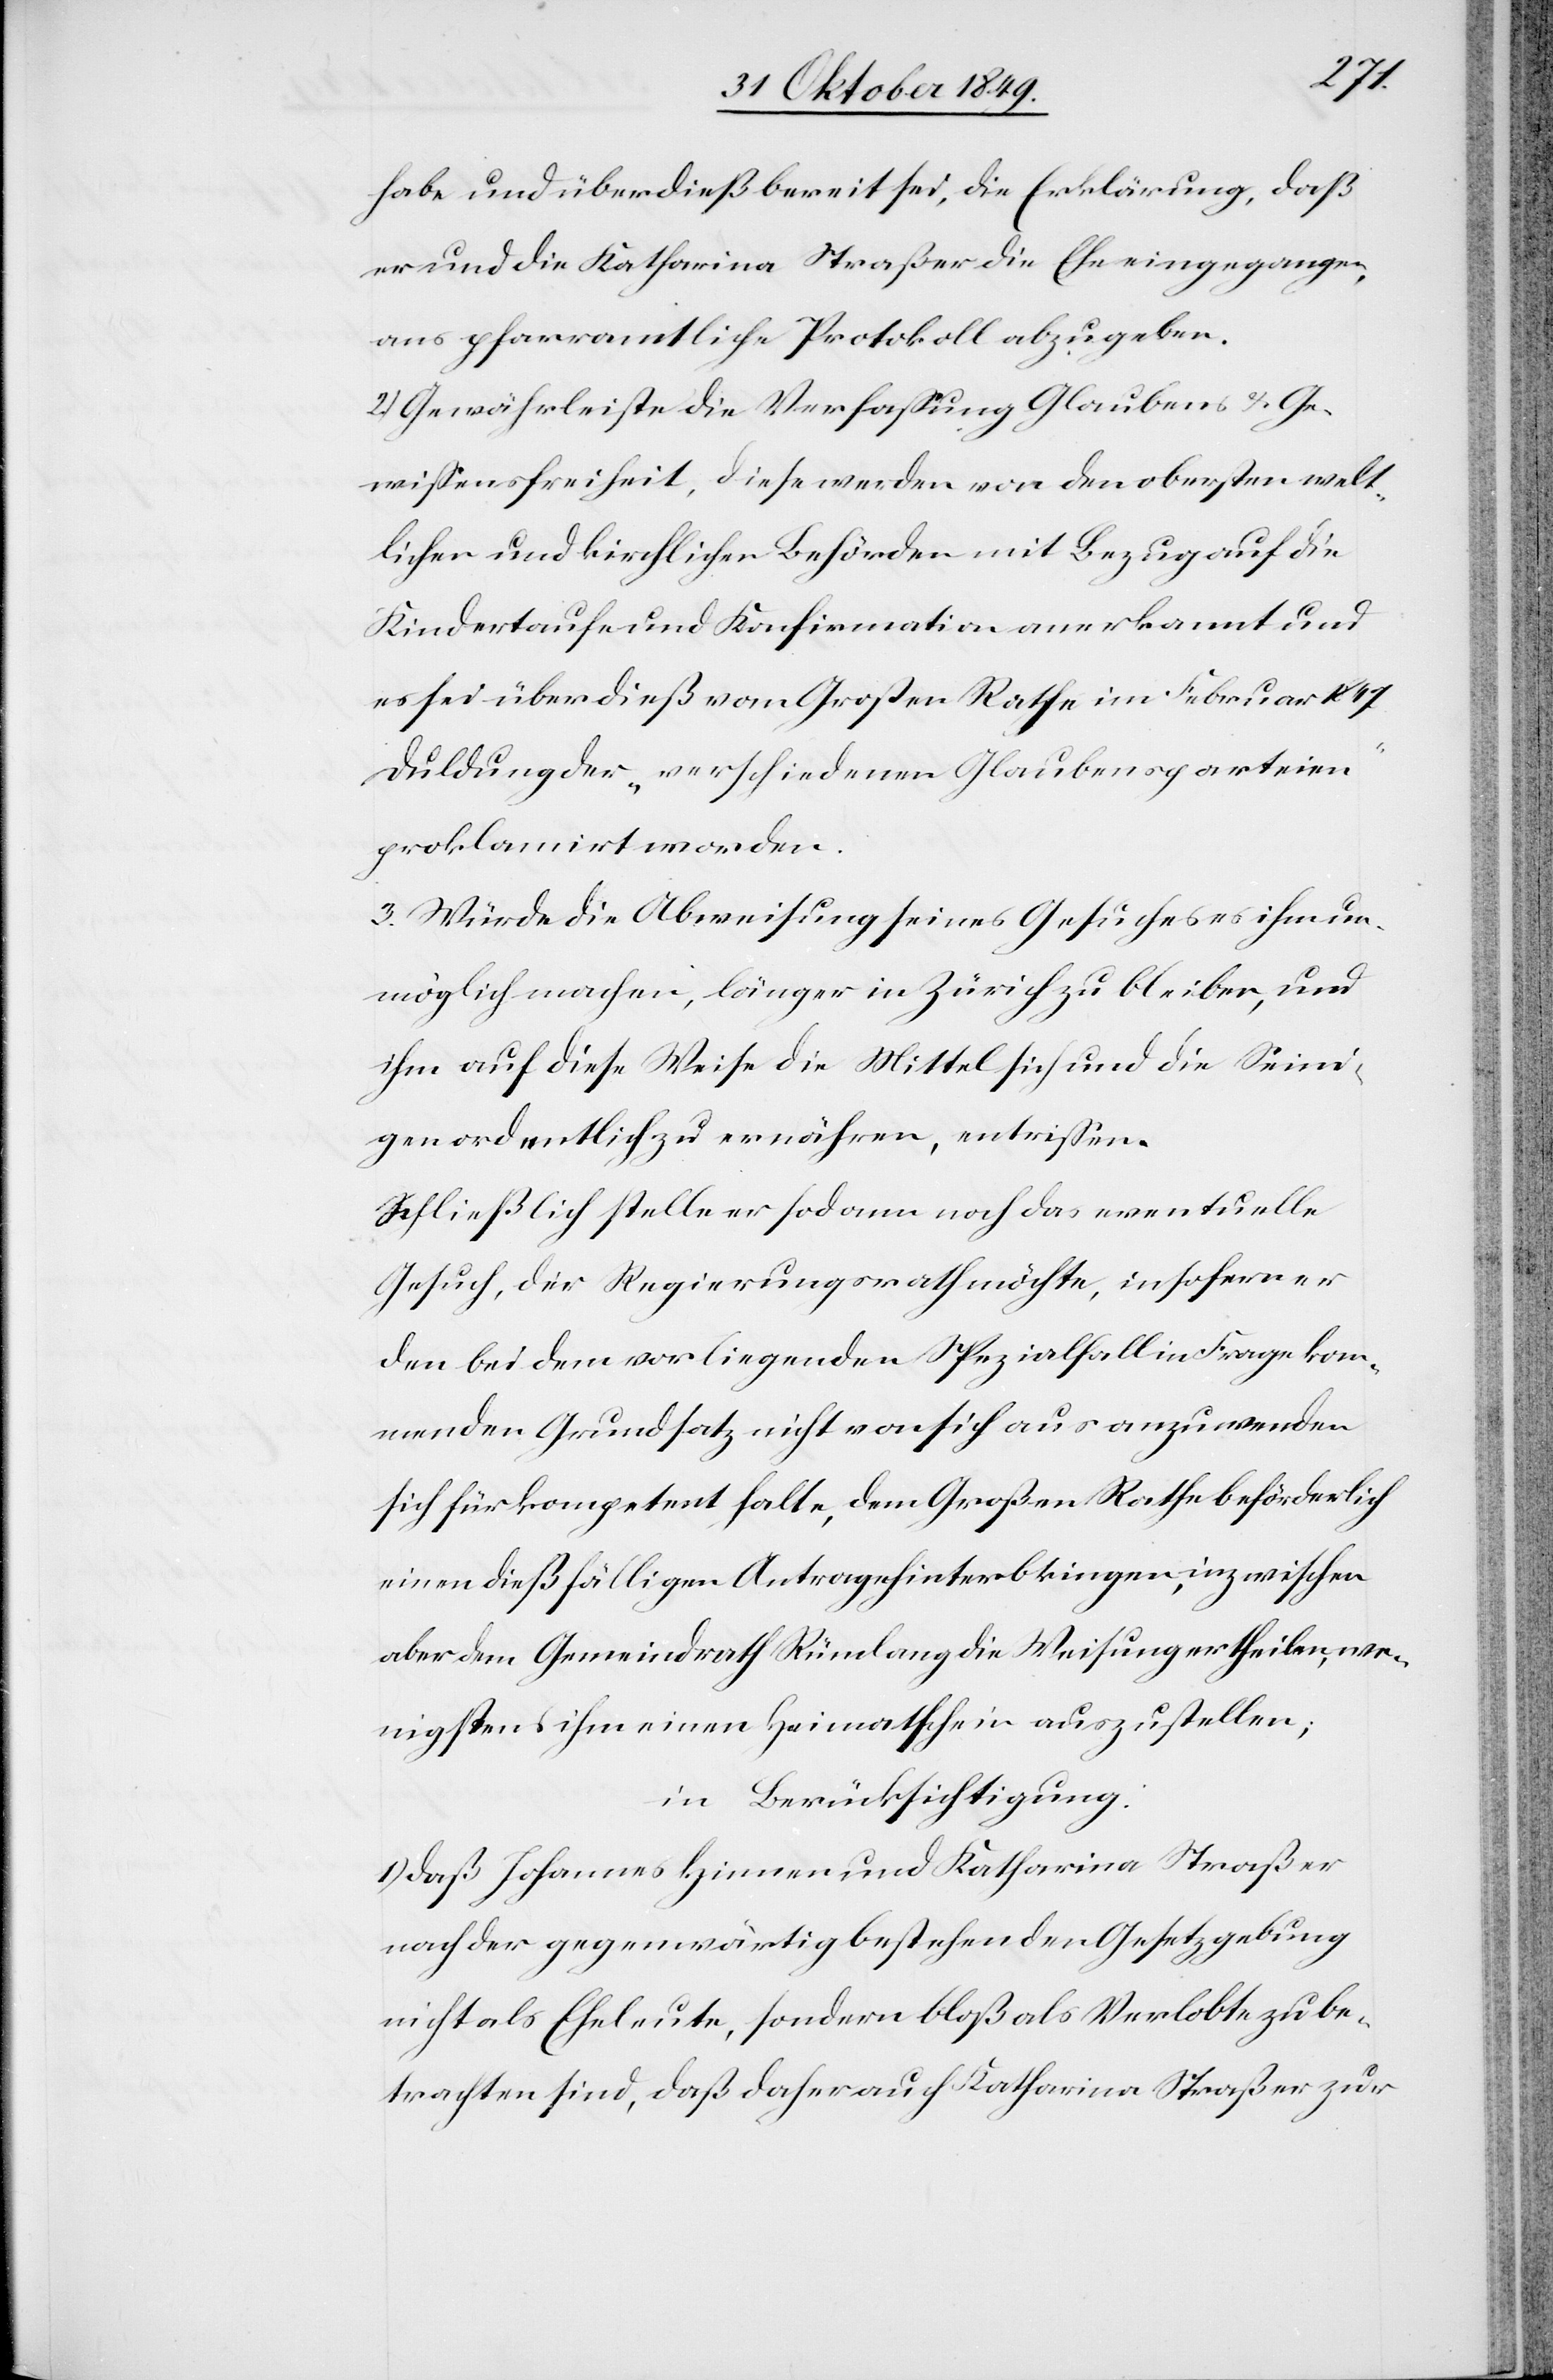
habe und überdieß bereit sei, die Erklärung, daß
er und die Katharina Straßer die Ehe eingegangen,
ans pfarramtilche Protokoll abzugeben.
2.) Gewährleiste die Verfaßung Glaubens u. Ge¬
wißensfreiheit, diese werden von den obersten welt¬
lichen und kirchlichen Behörden mit Bezug auf die
Kindertaufe und Konfirmation anerkannt und
es sei überdieß vom Großen Rathe im Februar 1847
Duldung der „verschiedenen Glaubensparteien“
proklamirt worden.
3. Würde die Abweisung seines Gesuches es ihm un¬
möglich machen, länger in Zürich zu bleiben, und
ihm auf diese Weise die Mittel sich und die Seini¬
gen ordentlich zu ernähren, entrißen.
Schließlich stelle er sodann noch das eventuelle
Gesuch, der Regierungsrath möchte, insofern er
den bei dem vorliegenden Spezialfall in Frage kom¬
menden Grundsatz nicht von sich aus anzuwenden
sich für kompetent halte, dem Großen Rathe beförderlich
einen dießfälligen Antrag hinterbringen, inzwischen
aber dem Gemeindrath Rümlang die Weisung ertheilen, we¬
nigstens ihm einen Heimatschein auszustellen;
in Berücksichtigung:
1) daß Johannes Hinnen und Katharina Straßer
nach der gegenwärtig bestehenden Gesetzgebung
nicht als Eheleute, sondern bloß als Verlobte zu be¬
trachten sind, daß daher auch Katharina Straßer zur